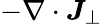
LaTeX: -\nabla\cdot\boldsymbol{J}_{\perp}